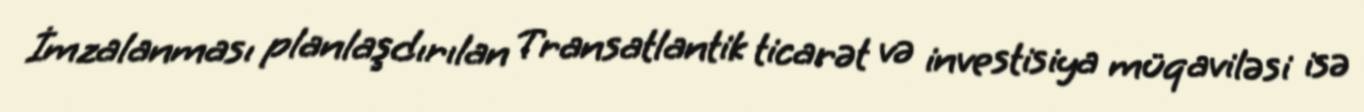
İmzalanması planlaşdırılan Transatlantik ticarət və investisiya müqaviləsi isə